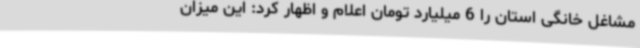
مشاغل خانگی استان را 6 میلیارد تومان اعلام و اظهار کرد: این میزان